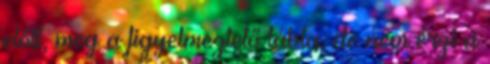
előtt, meg a figyelmeztető tábla, de nem érzi a